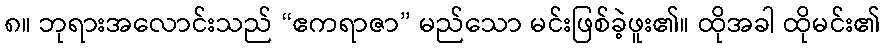
၈။ ဘုရားအလောင်းသည် “ဧကရာဇာ” မည်သော မင်းဖြစ်ခဲ့ဖူး၏။ ထိုအခါ ထိုမင်း၏